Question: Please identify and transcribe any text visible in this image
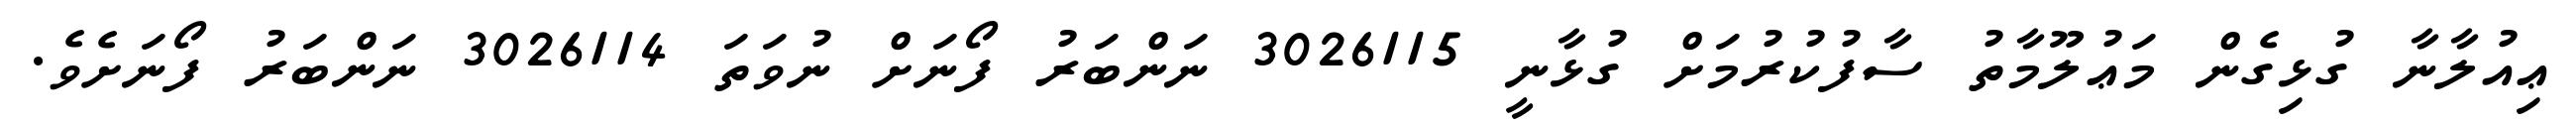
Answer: ޢިއުލާނާ ގުޅިގެން މަޢުލޫމާތު ސާފުކުރުމަށް ގުޅާނީ 3026115 ނަންބަރު ފޯނަށް ނުވަތަ 3026114 ނަންބަރު ފޯނަށެވެ.